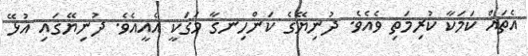
އެތައް ކަމަކާ ކުރިމަތި ވެއެވެ. ދުނިޔޭގެ ކަންހިނގާ މަގަކީ އެއީއެވެ. ދުނިޔޭގައި އުޅޭ